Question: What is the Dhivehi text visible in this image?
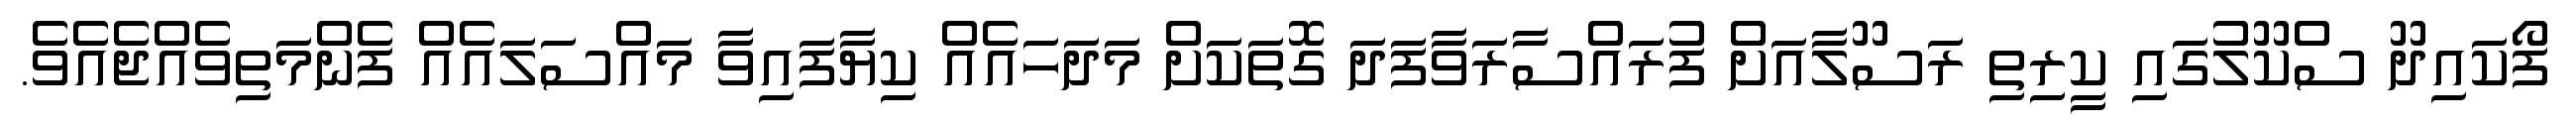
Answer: ފޯކައިދޫ ސްކޫލުގައި ކީރިތި ރަސޫލާއަށް ފުރައްސާރަވާފަދަ ގޮތަކަށް މަދަހައެއް ކިޔާފައިވާ މައްސަލައެއް ފެންމަތިވެއްޖެއެވެ.